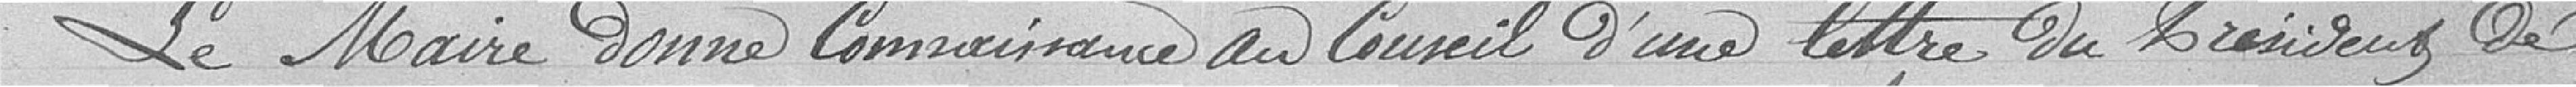
Le maire donne connaissance, au conseil, d'une lettre du président de